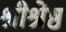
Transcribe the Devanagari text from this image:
श्रीश्रेष्ठ